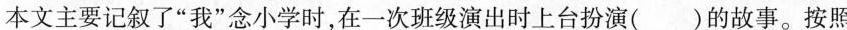
本文主要记叙了“我”念小学时，在一次班级演出时上台扮演()的故事。按照